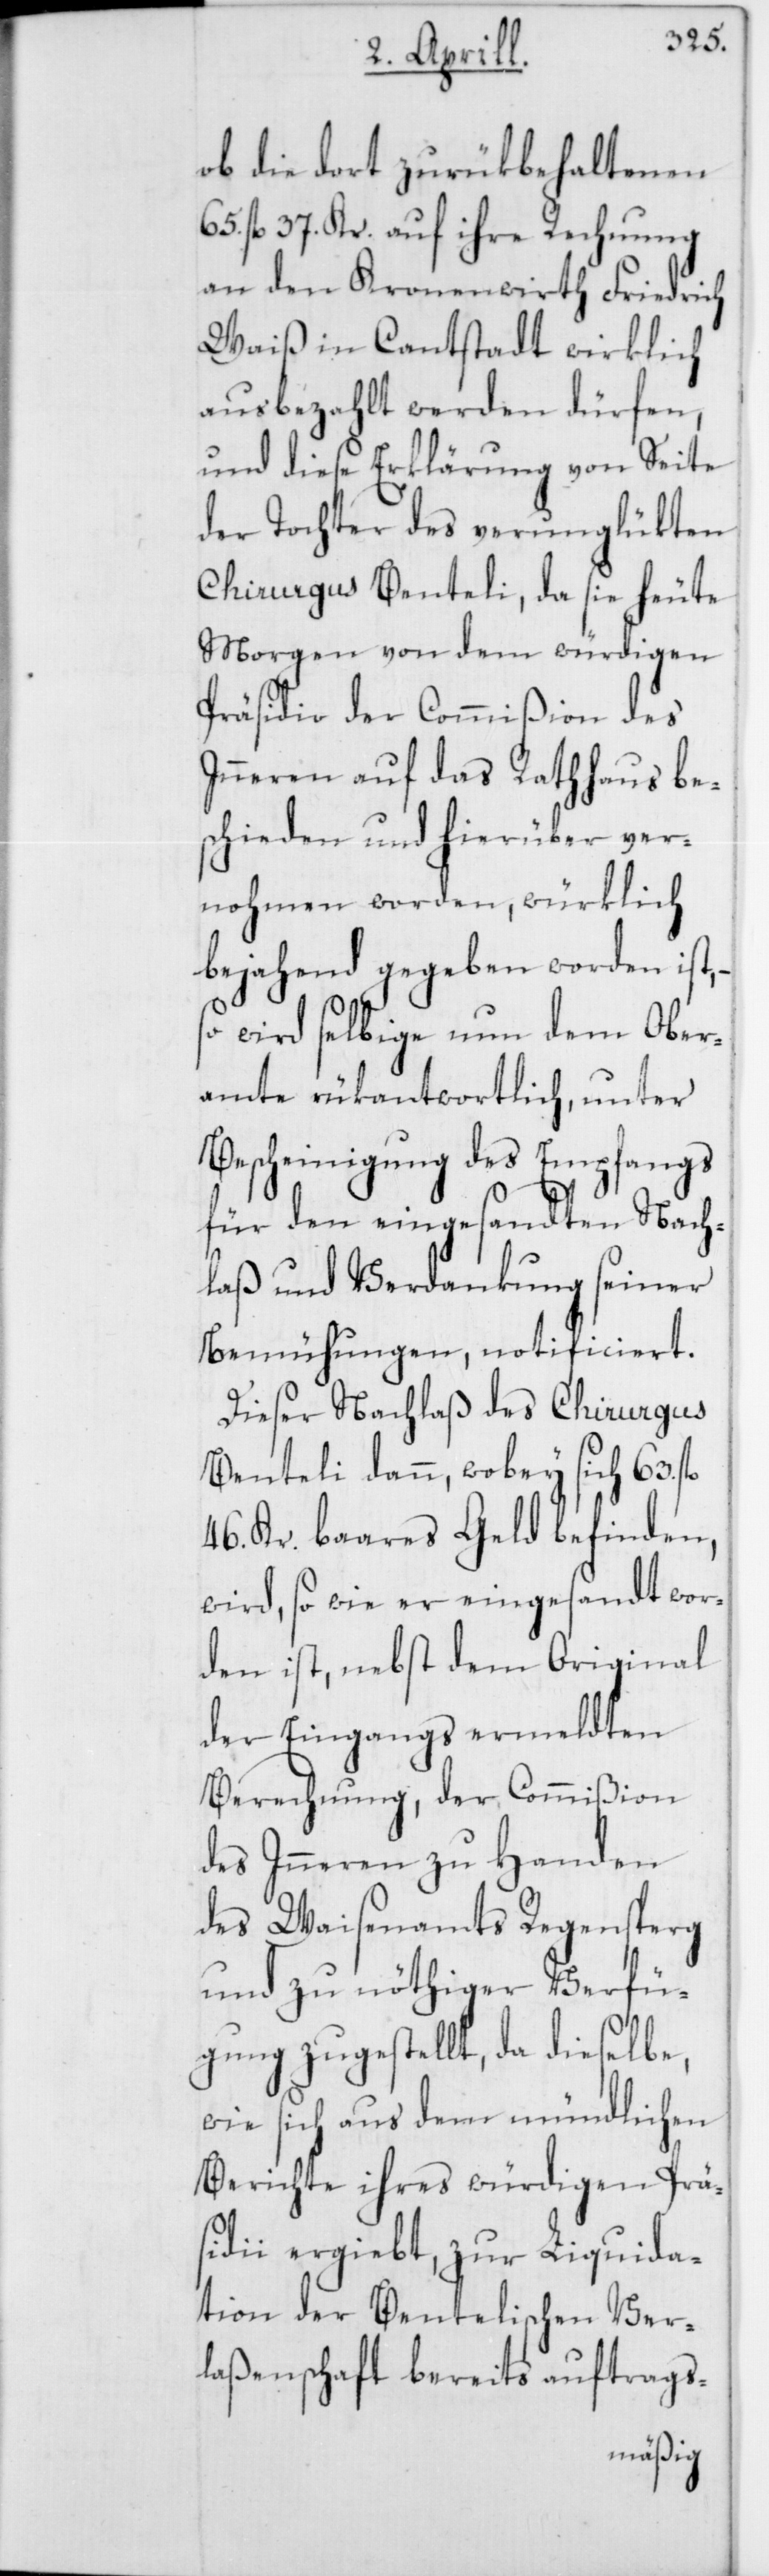
ob die dort zurükbe¬
fl. 37. Kr. auf ihre Rechnung
an den Kronenwirth Friedrich
Waiß in Cantstatt wirklich
ausbezahlt werden dürfen,
und diese Erklärung von Seite
der Tochter des verunglükten
Chirurgus Benteli, da sie heute
Morgen von dem würdigen
Präsidio der Commißion des
Inneren auf das Rathhaus be¬
schieden und hierüber ver¬
nohmen worden, würklich
bejahend gegeben worden ist,
so wird selbige nun dem Ober¬
amte rükantwortlich, unter
Bescheinigung des Empfangs
für den eingesandten Nach¬
laß und Verdankung seiner
Bemühungen, notificiert.
Dieser Nachlaß des Chirurgus
Benteli dann, wobey sich 63.
46. Kr. baares Geld befinden,
wird, so wie er eingesandt wor¬
den ist, nebst dem Original
der Eingangs ermeldten
Berechnung, der Commißion
des Inneren zu Handen
des Waisenamts Regensperg
und zu nöthiger Verfü¬
gung zugestellt, da dieselbe,
wie sich aus dem mündlichen
Berichte ihres würdigen Prä¬
sidii ergiebt, zur Liquida¬
tion der Bentelischen Ver¬
laßenschaft bereits auftrags-
haltenen

65.